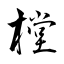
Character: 樘